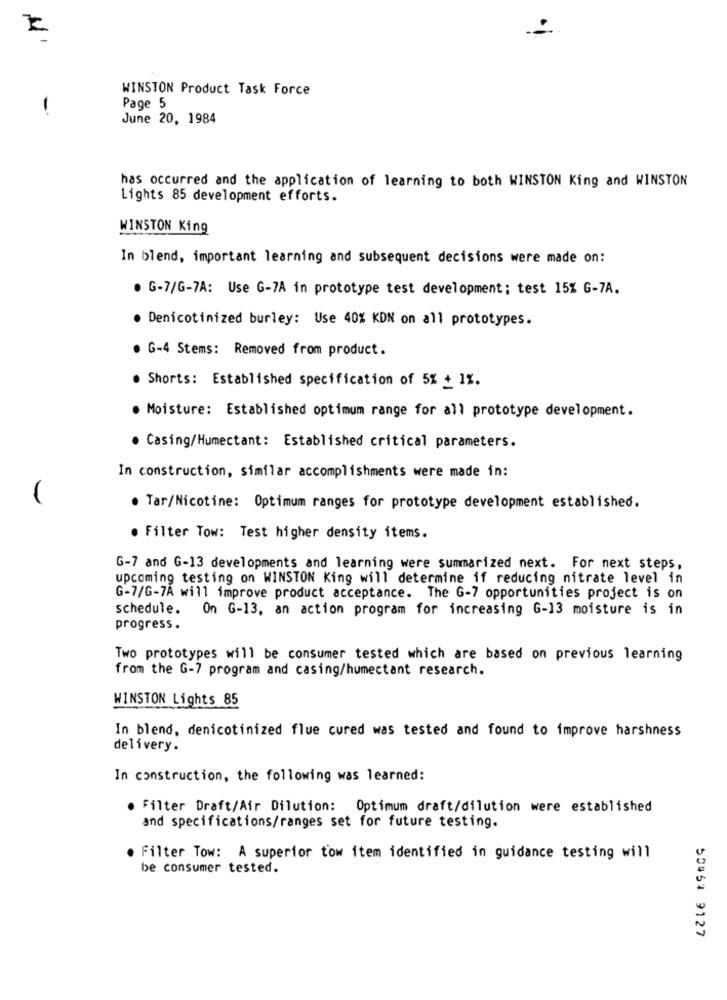
WINSTON Product Task Force
Page 5
June 20, 1984
has occurred and the application of learning to both WINSTON King and WINSTON
Lights 85 development efforts.
WINSTON King
In blend, important learning and subsequent decisions were made on:
. G-7/G-7A: Use G-7A in prototype test development; test 15% G-7A.
· Denicotinized burley: Use 40% KDN on all prototypes.
. G-4 Stems: Removed from product.
. Shorts: Established specification of 5% + 1%.
. Moisture: Established optimum range for all prototype development.
· Casing/Humectant: Established critical parameters.
In construction, similar accomplishments were made in:
. Tar/Nicotine: Optimum ranges for prototype development established.
. Filter Tow: Test higher density items.
G-7 and G-13 developments and learning were summarized next. For next steps,
upcoming testing on WINSTON King will determine if reducing nitrate level in
G-7/G-7Å will improve product acceptance. The G-7 opportunities project is on
schedule. On G-13, an action program for increasing G-13 moisture is in
progress .
Two prototypes will be consumer tested which are based on previous learning
from the G-7 program and casing/humectant research.
WINSTON Lights 85
In blend, denicotinized flue cured was tested and found to improve harshness
delivery.
In construction, the following was learned:
. Filter Draft/Air Dilution: Optimum draft/dilution were established
and specifications/ranges set for future testing.
Filter Tow: A superior tow item identified in guidance testing will
be consumer tested.
50454 9127